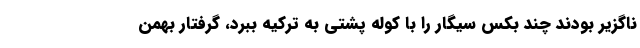
ناگزیر بودند چند بکس سیگار را با کوله پشتی به ترکیه ببرد، گرفتار بهمن